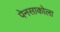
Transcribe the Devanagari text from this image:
पेनसाकोला